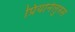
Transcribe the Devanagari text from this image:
प्रियोनेलुरुस